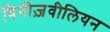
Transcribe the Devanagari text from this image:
विनीज़वीलियन